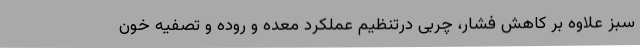
سبز علاوه بر کاهش فشار، چربی درتنظیم عملکرد معده و روده و تصفیه خون